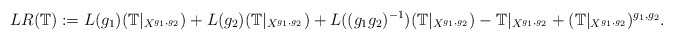
\begin{align*} LR({\mathbb T}) :=L(g_1)({\mathbb T}|_{X^{g_1,g_2}}) + L(g_2)({\mathbb T}|_{X^{g_1,g_2}}) + L((g_1g_2)^{-1})({\mathbb T}|_{X^{g_1,g_2}}) - {\mathbb T}|_{X^{g_1,g_2}} + ({\mathbb T}|_{X^{g_1,g_2}})^{g_1,g_2}.\end{align*}